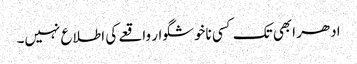
ادھر ابھی تک کسی ناخوشگوار واقعے کی اطلاع نہیں۔